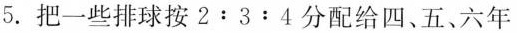
5.把一些排球按2:3:4分配给四、五、六年